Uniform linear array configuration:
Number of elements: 24
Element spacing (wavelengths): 0.25
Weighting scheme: kaiser
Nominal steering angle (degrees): -30
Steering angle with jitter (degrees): -30.534
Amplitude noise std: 0.05
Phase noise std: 0.05

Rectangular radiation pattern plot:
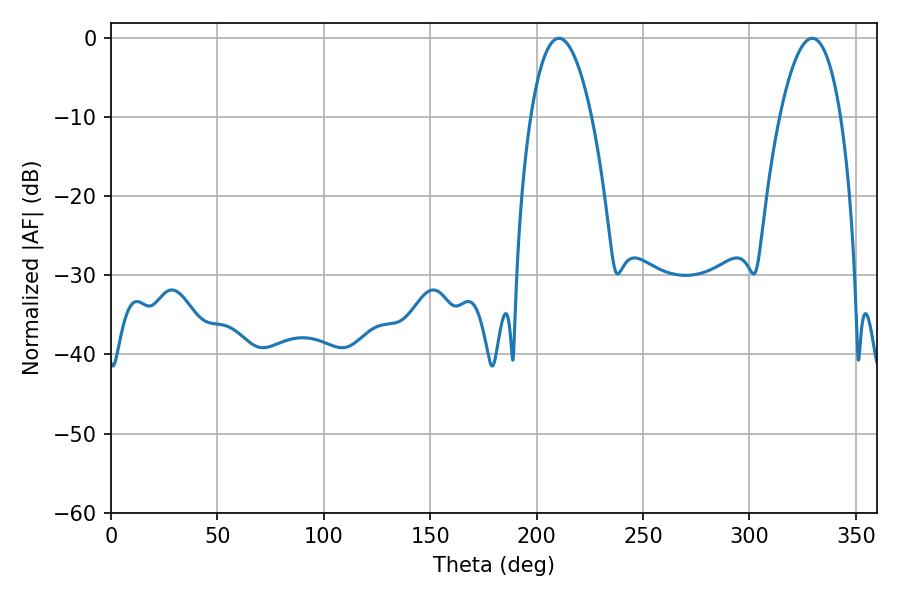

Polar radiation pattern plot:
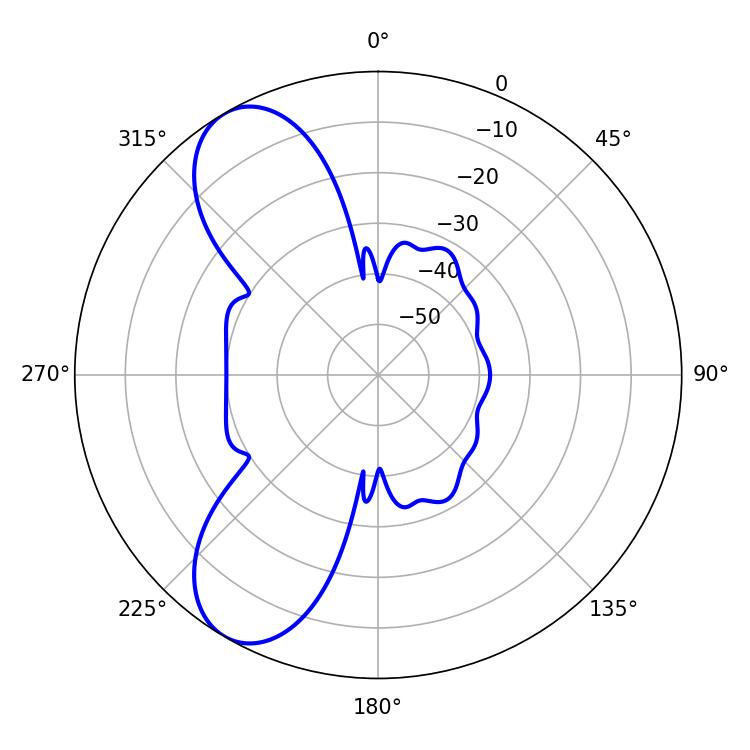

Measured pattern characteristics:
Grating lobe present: FALSE
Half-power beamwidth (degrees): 15.84
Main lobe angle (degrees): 210.42